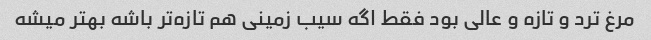
مرغ ترد و تازه و عالی بود فقط اگه سیب زمینی هم تازه‌تر باشه بهتر میشه